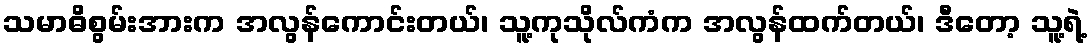
သမာဓိစွမ်းအားက အလွန်ကောင်းတယ်၊ သူ့ကုသိုလ်ကံက အလွန်ထက်တယ်၊ ဒီတော့ သူ့ရဲ့